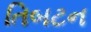
તિબટન